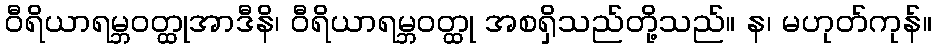
ဝီရိယာရမ္ဘဝတ္ထုအာဒီနိ၊ ဝီရိယာရမ္ဘဝတ္ထု အစရှိသည်တို့သည်။ န၊ မဟုတ်ကုန်။